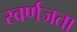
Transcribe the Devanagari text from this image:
स्वर्णजता